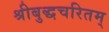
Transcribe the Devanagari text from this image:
श्रीबुद्धचरितम्